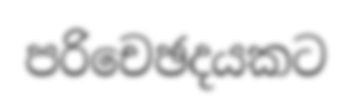
පරිචෙඡදයකට